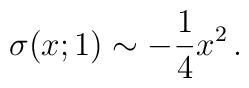
\sigma(x;1)\sim -{1\over 4} x^2\, .